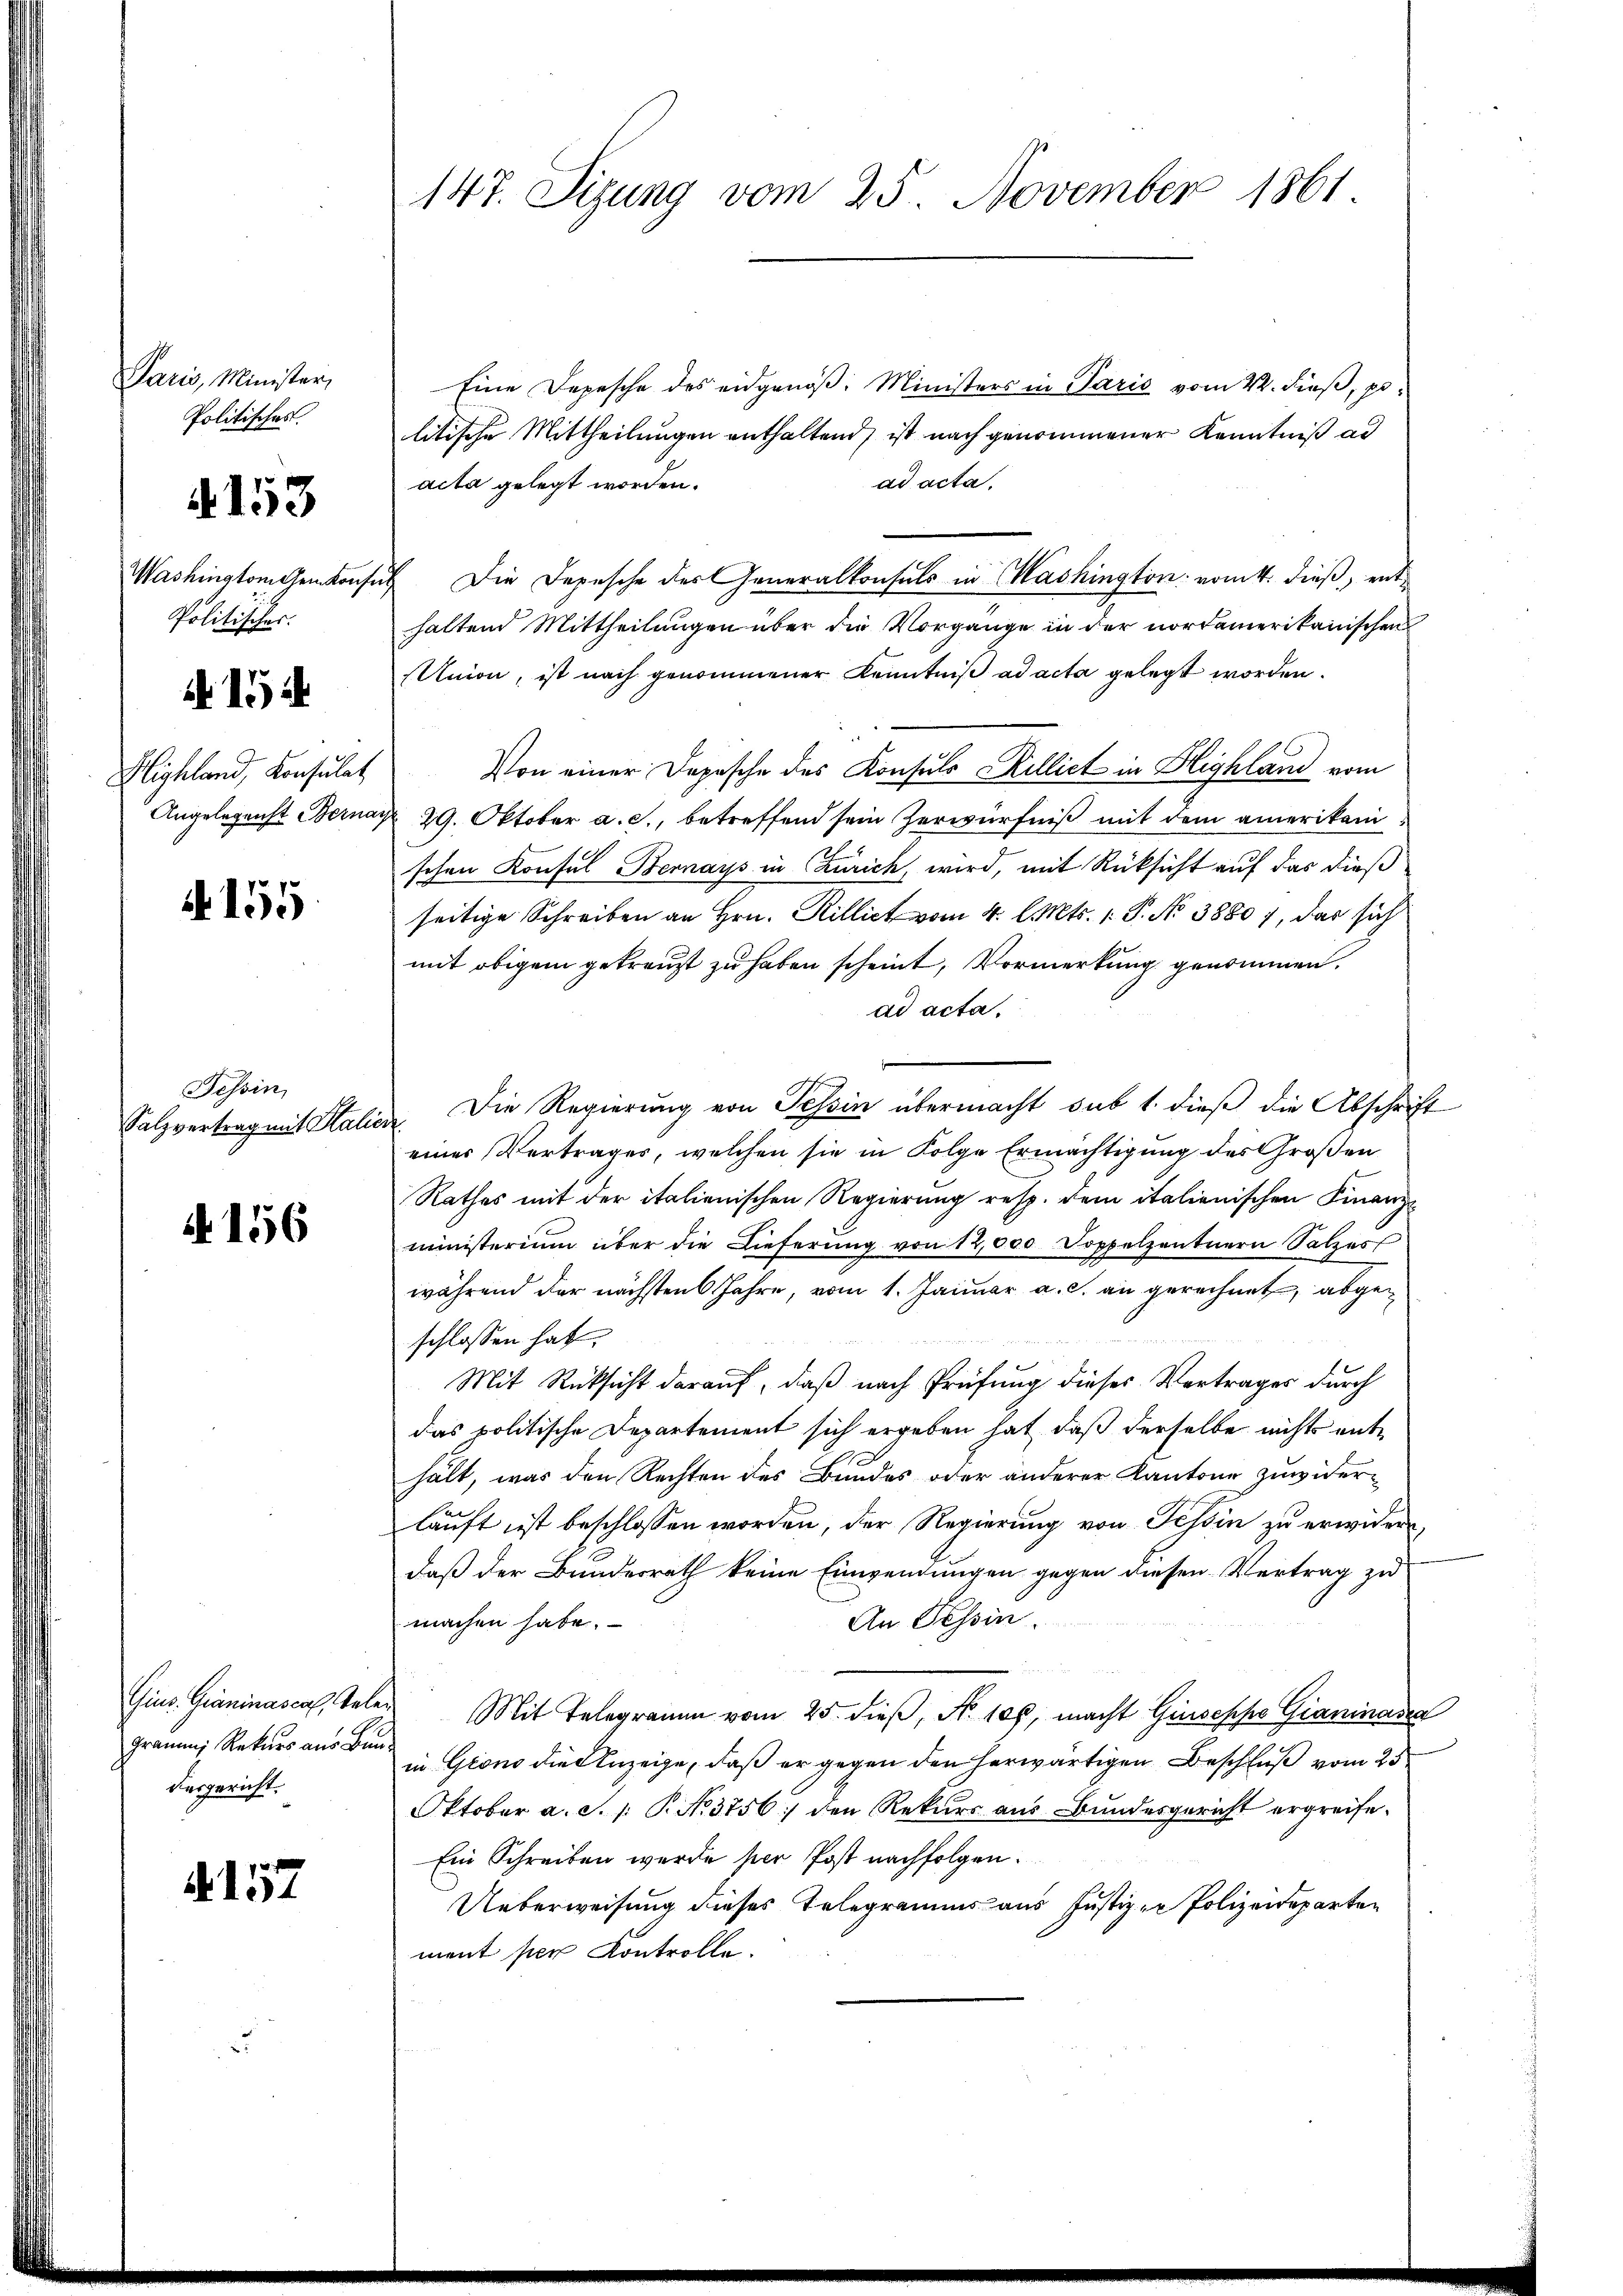
han menster
Politisches
Washington Gemkon,
Politischer.
A 154
Highland, Konsulat
Angelegenst Beri

4153

A 155.

Tessin,
Salzvertrag mit Stat

A 156

Gins. Graninas cas, Tat
Graums Rekurs aus Bin
desgericht.

§157

147. Sizung vom 25. November 1861

Eine Depesche des eidgenöß: Ministers in Paris vom 4. dieß, p.
litische Mittheilungen enthaltend, ist nach genommener Kenntniß ad
ad acta.
acta gelegt worden.
u Die Depesche der Generalkonsuls in Mashington vom 4. dieß, enthaltend Mittheilungen über die Vorgange in der nordamerikanischen
Union, ist nach genommener Kenntniß ad acta gelegt worden.
Von einer Depesche des Konsuls Rilliet in Highland vom
N 29. Oktober a. c., betreffend sein Zerwürfniß mit dem amerikani
schen Konsul Bernays in Zürich, wird, mit Rücksicht auf das dieß
seitige Schreiben an Hrn. Rillict vom 4. l. Mts. 1. P. No 38807, das sich
mit obigem gekreuzt zu haben scheint, Vormerkung genommen.
ad acta.
. Die Regierung von Tessin übermacht sub 1. dieß die Abschrift
einer Vertrages, welchen sie in Folge Ermächtigung des Großen
Rathes mit der italienischen Regierung resp. dem italienischen Finanz-
ministerium über die Lieferung von 12,000 Doppelzentnern Salzes
während der nächsten 6 Jahre, vom 1. Januar a. c. an gerechnet, abgeschlossen hat
Mit Rücksicht darauf, daß nach Prüfung dieses Vertrages durch
das politische Departement sich ergeben hat, daß derselbe nichts enthält, was den Rechten des Bundes oder anderer Kantone zuwider-
lauft ist beschlossen worden, der Regierung von Tessin zu erwidern,
daß der Bundesrath keine Einwendungen gegen diesen Vertrag zu
An Tessin.
machen habe.
 Mit Telegramm vom 25. dieβ, N. 106. macht Giuseppe Gianinasia
in Grono die Anzeige, daß er gegen den herwärtigen Beschluß vom 25
Oktober a. S. 1: P. No 3756 den Rekurs aus Bundesgericht ergreife.
Ein Schreiben wurde per Post nachfolgen.
Ueberweisung dieses Telegramms aus Justiz - Polizeideparten
ment per Kontrolle.